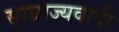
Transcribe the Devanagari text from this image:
साम्राज्‍यवादी